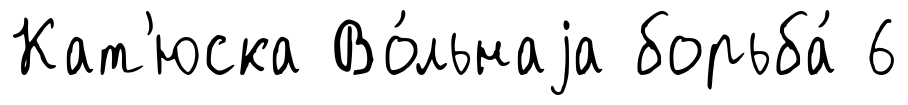
Кат'юска Во́льнаjа борьба́ 6